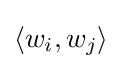
\langle w_{i},w_{j}\rangle